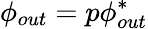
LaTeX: \phi_{out}=p\phi_{out}^{*}